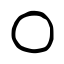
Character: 〇